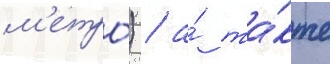
м'етро́) / а́ та́кже